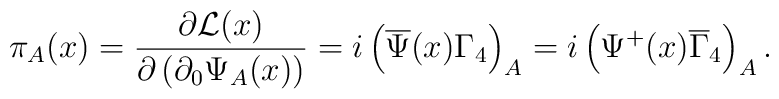
\pi_A (x)=\frac{\partial {\cal L}(x)}{\partial \left(\partial_0\Psi_A (x)\right)}=i\left(\overline{\Psi }(x)\Gamma_4 \right)_A=i\left(\Psi^+ (x)\overline{\Gamma}_4 \right)_A  .